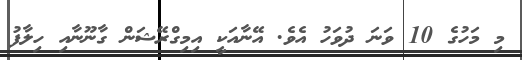
މި މަހުގެ 10 ވަނަ ދުވަހު އެވެ. އޭނާއަކީ އިމިގްރޭޝަން ގާނޫނާއި ހިލާފު